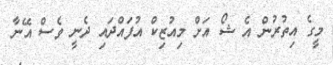
މީގެ އިތުރުން އެ ޝޯ އަށް މިއުޒިކް އުފައްދައި ދެނީ ވެސް އޭނާ